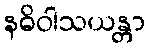
နဓိဝါသယန္တာ